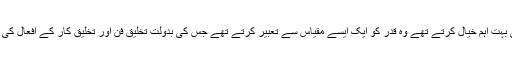
ادبی اقدار و روایات کو ڈاکٹر بشیر سیفی بہت اہم خیال کرتے تھے وہ قدر کو ایک ایسے مقیاس سے تعبیر کرتے تھے جس کی بدولت تخلیق فن اور تخلیق کار کے افعال کی رفعت کو جانچا اور پرکھا جا سکتا ہے۔